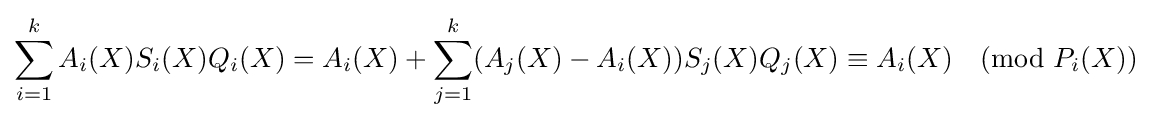
\sum _{i=1}^{k}A_{i}(X)S_{i}(X)Q_{i}(X)=A_{i}(X)+\sum _{j=1}^{k}(A_{j}(X)-A_{i}(X))S_{j}(X)Q_{j}(X)\equiv A_{i}(X){\pmod {P_{i}(X)}}